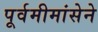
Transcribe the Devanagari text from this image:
पूर्वमीमांसेने